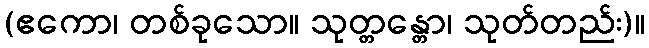
(ဧကော၊ တစ်ခုသော။ သုတ္တန္တော၊ သုတ်တည်း)။